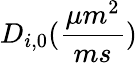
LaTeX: D_{i,0}(\frac{\mu m^{2}}{ms})